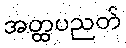
အတ္ထပညတ်